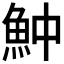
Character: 𩵵